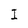
Character: I